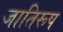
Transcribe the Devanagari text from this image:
जातिरूप